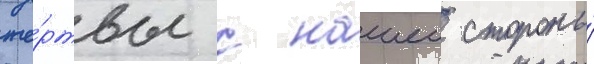
же́ртвы с нашеи стороны́